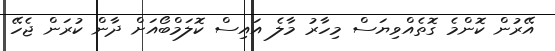
އޭރުން ކޮންމެ ގޮތެއްވިޔަސް މިހާރު މާލެ އައިސް ކޮލަމްބޯއަށް ދާން ކުރަން ޖެހޭ